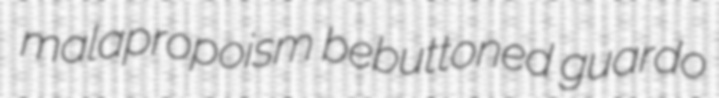
malapropoism bebuttoned guardo